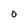
Character: O